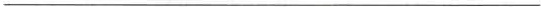
___